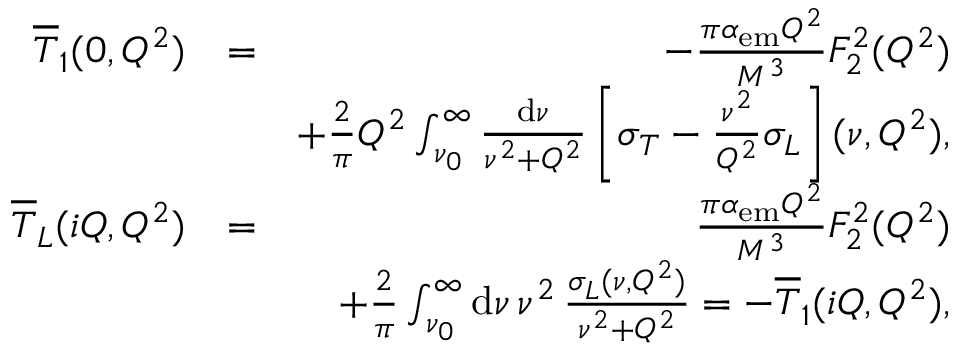
\begin{array} { r l r } { \overline { T } _ { 1 } ( 0 , Q ^ { 2 } ) } & { = } & { - \frac { \pi \alpha _ { \mathrm { e m } } Q ^ { 2 } } { M ^ { 3 } } F _ { 2 } ^ { 2 } ( Q ^ { 2 } ) } \\ & { } & { + \frac { 2 } { \pi } Q ^ { 2 } \int _ { \nu _ { 0 } } ^ { \infty } \frac { \mathrm { d } \nu } { \nu ^ { 2 } + Q ^ { 2 } } \left[ \sigma _ { T } - \frac { \nu ^ { 2 } } { Q ^ { 2 } } \sigma _ { L } \right] ( \nu , Q ^ { 2 } ) , } \\ { \overline { T } _ { L } ( i Q , Q ^ { 2 } ) } & { = } & { \frac { \pi \alpha _ { \mathrm { e m } } Q ^ { 2 } } { M ^ { 3 } } F _ { 2 } ^ { 2 } ( Q ^ { 2 } ) } \\ & { } & { + \frac { 2 } { \pi } \int _ { \nu _ { 0 } } ^ { \infty } \mathrm { d } \nu \, \nu ^ { 2 } \, \frac { \sigma _ { L } ( \nu , Q ^ { 2 } ) } { \nu ^ { 2 } + Q ^ { 2 } } = - \overline { T } _ { 1 } ( i Q , Q ^ { 2 } ) , } \end{array}